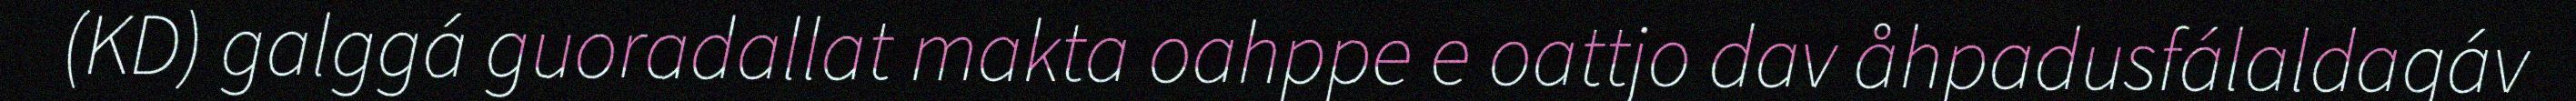
(KD) galggá guoradallat makta oahppe e oattjo dav åhpadusfálaldagáv